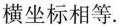
横坐标相等.